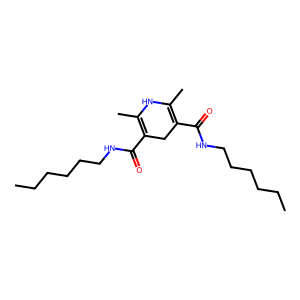
SMILES: CCCCCCNC(=O)C1=C(C)NC(C)=C(C(=O)NCCCCCC)C1
Inhibits HIV replication: No